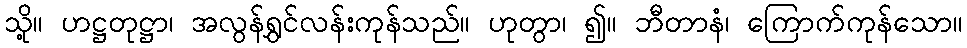
သို့။ ဟဋ္ဌတုဋ္ဌာ၊ အလွန်ရွှင်လန်းကုန်သည်။ ဟုတွာ၊ ၍။ ဘီတာနံ၊ ကြောက်ကုန်သော။